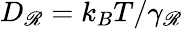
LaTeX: D_{\mathscr{R}}=k_{B}T/\gamma_{\mathscr{R}}